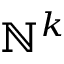
\mathbb { N } ^ { k }